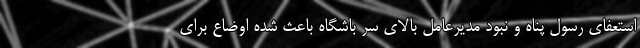
استعفای رسول پناه و نبود مدیرعامل بالای سر باشگاه باعث شده اوضاع برای